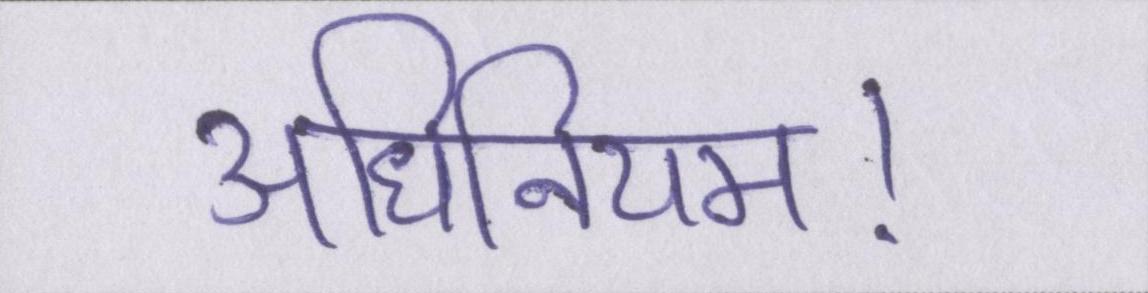
अधिनियम।